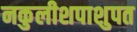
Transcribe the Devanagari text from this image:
नकुलीशपाशुपत